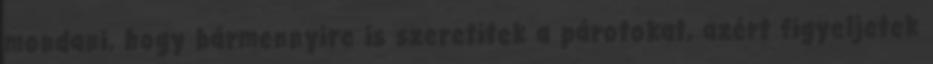
mondani, hogy bármennyire is szeretitek a párotokat, azért figyeljetek